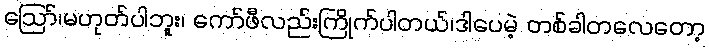
ဪ၊မဟုတ်ပါဘူး၊ ကော်ဖီလည်းကြိုက်ပါတယ်၊ဒါပေမဲ့ တစ်ခါတလေတော့